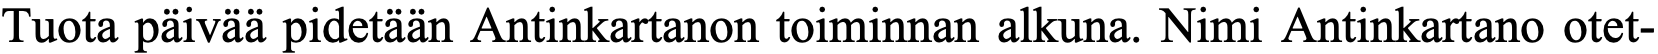
Tuota päivää pidetään Antinkartanon toiminnan alkuna. Nimi Antinkartano otet-